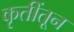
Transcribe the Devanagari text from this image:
कृतींतून